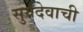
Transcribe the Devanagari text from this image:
सुर्यदेवाची